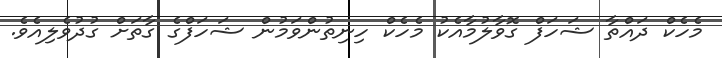
މެހެކް ދައްތާ ޝަހަފް ގޮވާލުމާއެކު މެހެކް ހިނިތުންވަމުން ޝަހަފްގެ ގާތަށް ގުދުވެލިއެވެ.